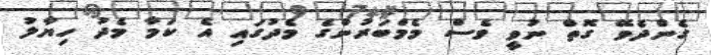
ގެންދެވޭ ގޮތް ނުވީ ވެސް މެމްބަރުންގެ މެދުގައި އެ ކަމާ މެދު ހިޔާލު